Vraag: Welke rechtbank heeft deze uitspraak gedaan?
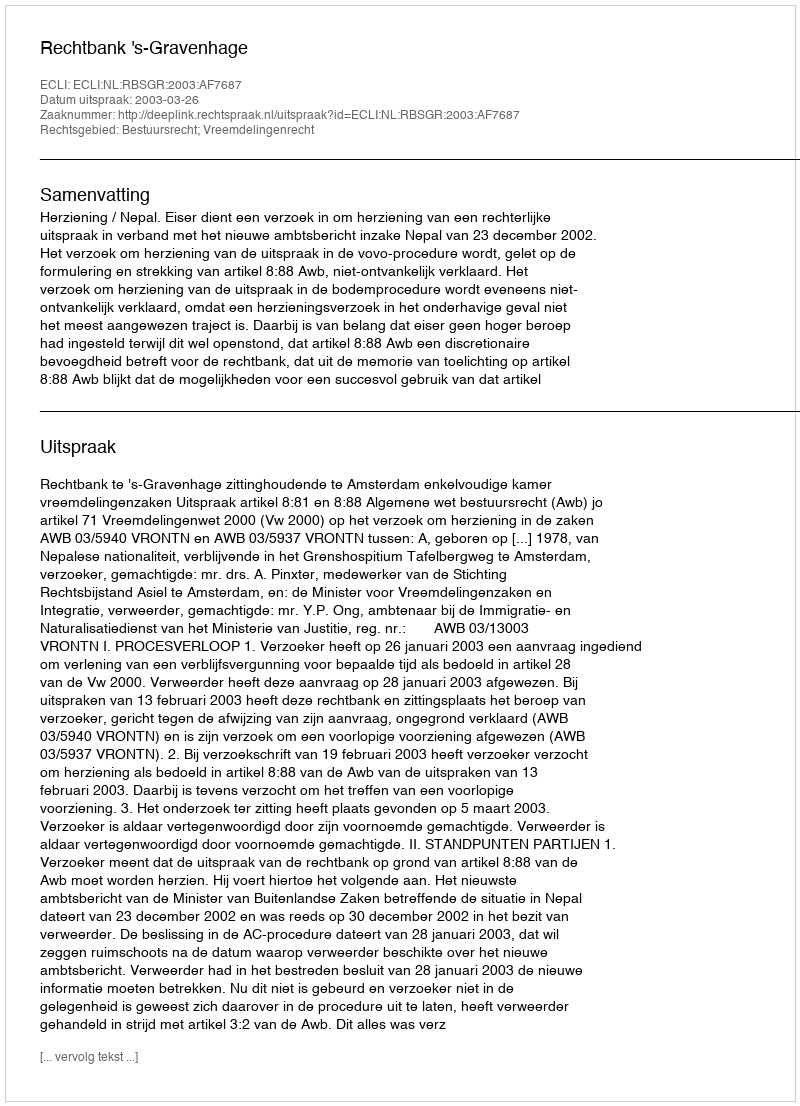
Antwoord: Rechtbank 's-Gravenhage